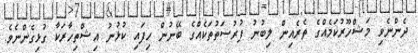
ދެންނެވި މަޝްހޫރުކަމެއްގެ ތެރެއިން ލިބުނު ފުރުސަތުތަކެއްގެ ބޭނުން ހިފައި ކުޅުނު އިޝްތިހާރަކާ ގުޅިގެންނެވެ.